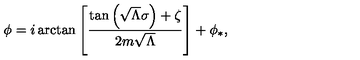
\phi = i \arctan \left[ \frac { \tan \left( \sqrt { \Lambda } \sigma \right) + \zeta } { 2 m \sqrt { \Lambda } } \right] + \phi _ { * } ,